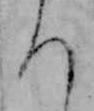
ち